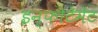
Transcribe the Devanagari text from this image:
इन्फोटेमेंट